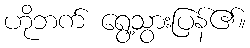
ဟိုဘက် ရွေ့သွားပြန်၏။